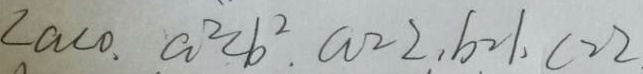
\angle a < 0 . a ^ { 2 } < b ^ { 2 } . a = 2 . b = 1 . C = 2